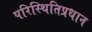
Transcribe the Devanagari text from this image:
परिस्थितिप्रधान